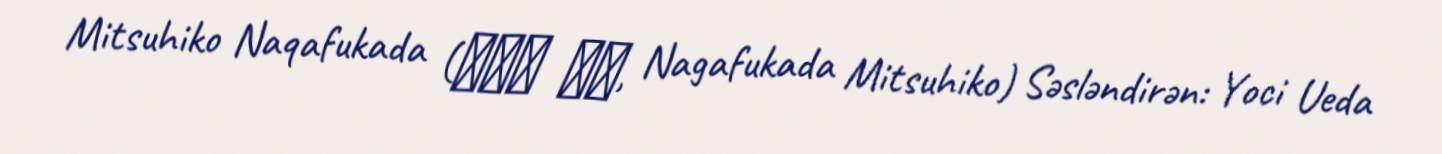
Mitsuhiko Naqafukada (長深田 充彦, Nagafukada Mitsuhiko) Səsləndirən: Yoci Ueda